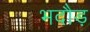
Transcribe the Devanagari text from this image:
भदौड़